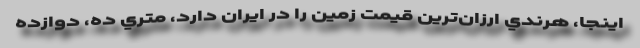
اينجا، هرندي ارزان‌ترين قيمت زمين را در ايران دارد، متري ده، دوازده